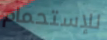
للإستحمام